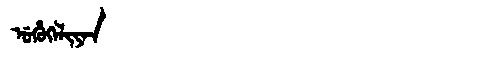
Manchu: ᡠᡥᡠᡴᡝᠯᡳᠶᠠᠨ
Romanization: UHUKELIYAN